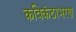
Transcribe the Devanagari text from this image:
कविकंठाभरण